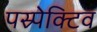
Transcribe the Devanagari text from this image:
पस्र्पेक्टिव